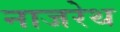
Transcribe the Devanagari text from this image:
नाजरेथ